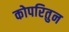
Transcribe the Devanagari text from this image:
कोपरितुन